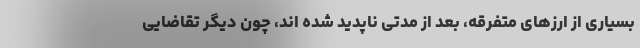
بسیاری از ارزهای متفرقه، بعد از مدتی ناپدید شده اند، چون دیگر تقاضایی